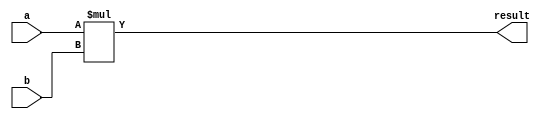
module Multiplier (
    input wire [31:0] a, // input signal
    input wire [31:0] b, // input signal
    output wire [31:0] result // output signal
);

assign result = a * b; // multiply inputs a and b, and assign the result to the output

endmodule